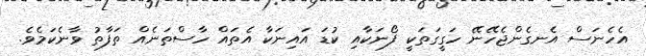
އެހެނަސް އެނގެންޖެހޭނޭ ހަގީގަތަކީ ފޯނަކާއި ކުޑަ އައިނަކާ އެތައް ހާސްތަނެއް ތަފާތު ވާނެކަމެވެ.